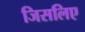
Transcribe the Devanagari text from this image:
जिसलिए